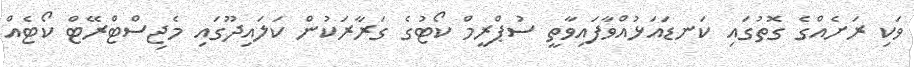
ވަކި ރަށެއްގެ ގޮތުގައި ކަނޑައަޅުއްވާފައިވާތީ ސުޕްރީމް ކޯޓުގެ ގަރާރަކުން ކަލައިދޫގައި މެޖިސްޓްރޭޓް ކޯޓެއް